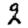
Digit: 2